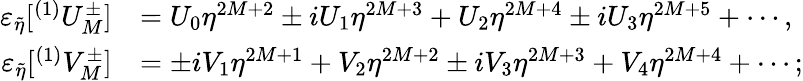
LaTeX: \begin{array}{rl}{\varepsilon_{\tilde{\eta}}[^{(1)}U_{M}^{\pm}]}&{=U_{0}\eta^{2M+2}\pm iU_{1}\eta^{2M+3}+U_{2}\eta^{2M+4}\pm iU_{3}\eta^{2M+5}+\cdots,}\\ {\varepsilon_{\tilde{\eta}}[^{(1)}V_{M}^{\pm}]}&{=\pm iV_{1}\eta^{2M+1}+V_{2}\eta^{2M+2}\pm iV_{3}\eta^{2M+3}+V_{4}\eta^{2M+4}+\cdots;}\end{array}